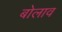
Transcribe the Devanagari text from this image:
बोलाव